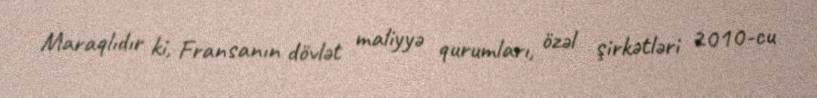
Maraqlıdır ki, Fransanın dövlət maliyyə qurumları, özəl şirkətləri 2010-cu